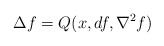
\begin{align*}\Delta f = Q(x,df, \nabla^2f)\end{align*}